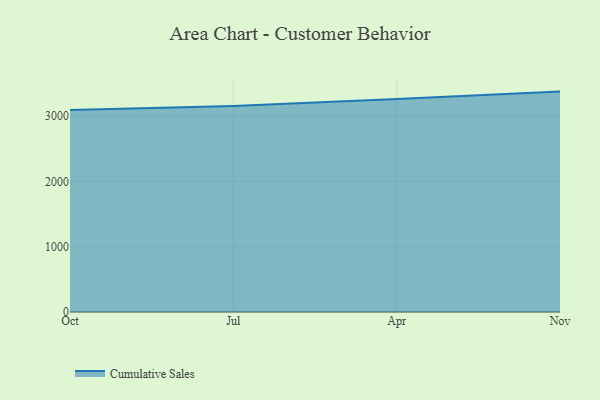
{"axis": {"x": "Month", "y": "Production Output"}, "legend": ["Cumulative Sales"], "data": [{"x": "Oct", "y": 3093.7, "type": "Cumulative Sales"}, {"x": "Jul", "y": 3155.6, "type": "Cumulative Sales"}, {"x": "Apr", "y": 3261.4, "type": "Cumulative Sales"}, {"x": "Nov", "y": 3375.4, "type": "Cumulative Sales"}]}